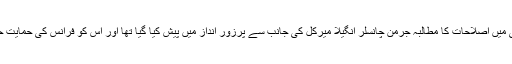
لزبن ٹریٹی میں اصلاحات کا مطالبہ جرمن چانسلر انگیلا میرکل کی جانب سے پرزور انداز میں پیش کیا گیا تھا اور اس کو فرانس کی حمایت حاصل ہے۔